Narva_kinnistusamet, lk 7
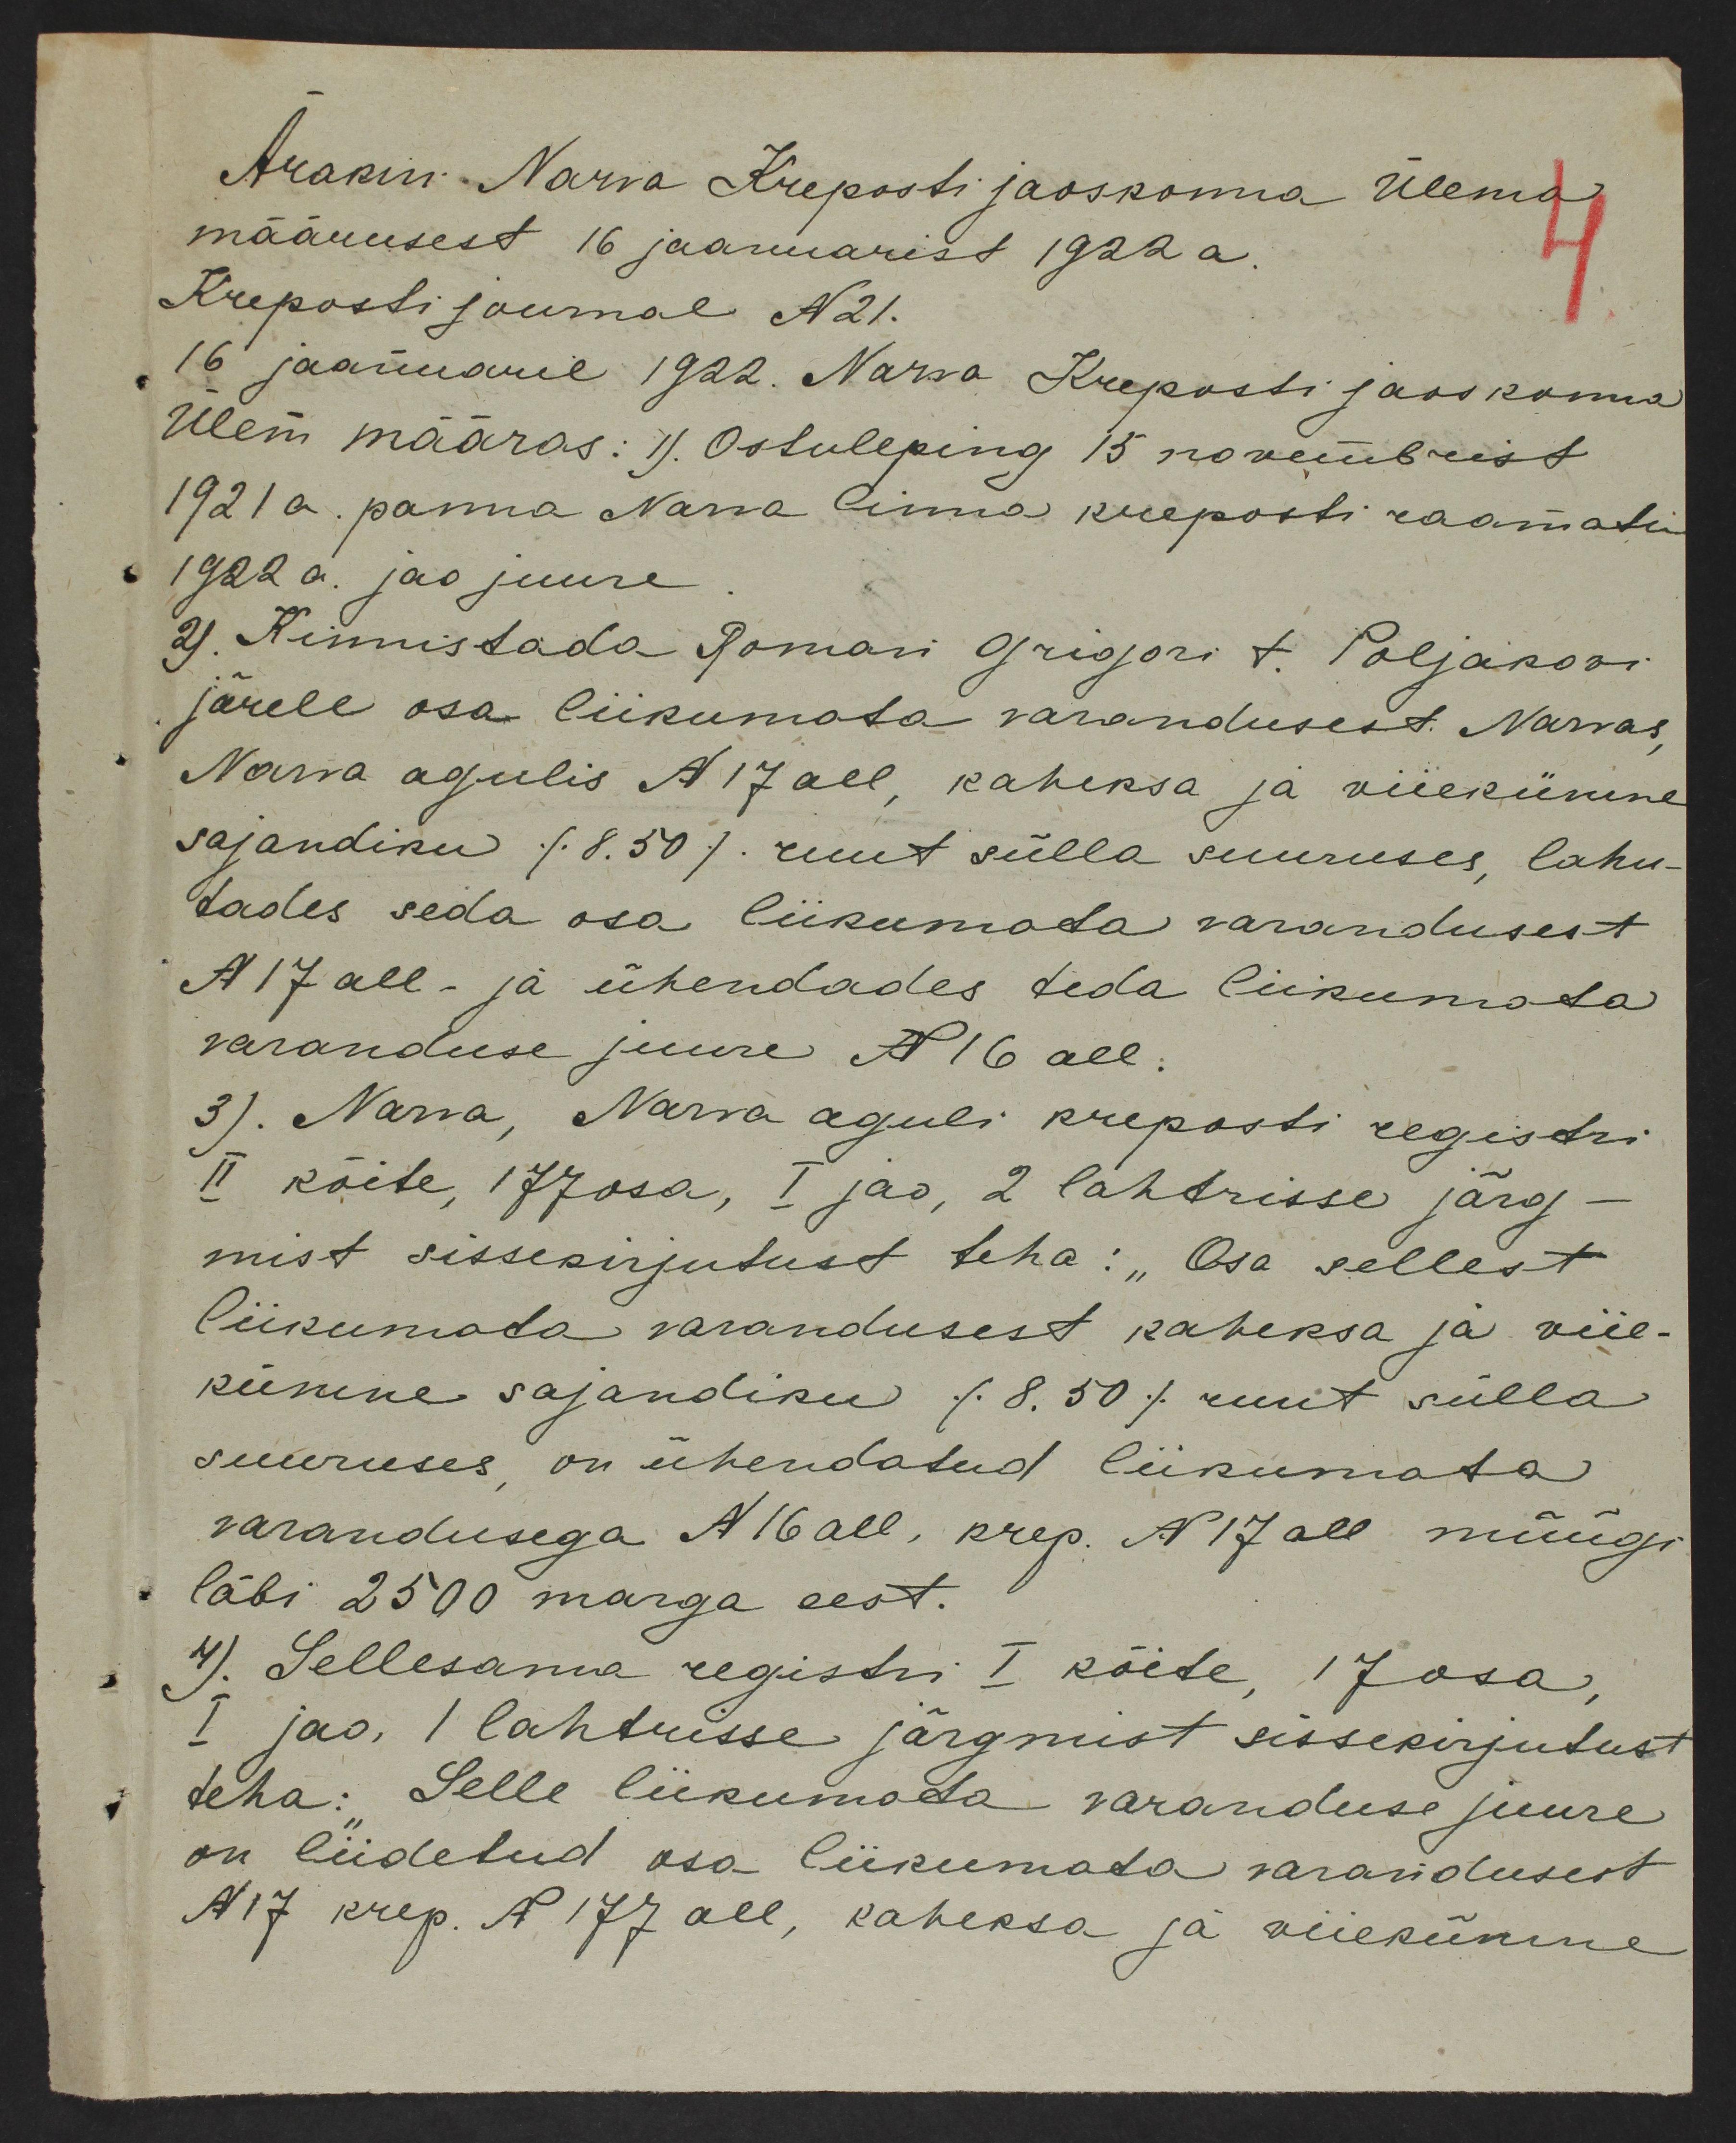
Ärakiri Narva Kreposti jaoskonna Ülema
määrusest 16 jaanuarist 1922 a.
Kreposti jaamal N21.
16 jaanuaril 1922. Narva Kreposti jaoskonna
Ülem määras: 1) Ostuleping 15 novembrist
1921 a. panna Narwa linna kreposti raamatu
1922 a. jao juure
2) Kinnistada Romari Grigori t. Poljakovi
järele osa liikumata varandusest. Narvas,
Narva agulis N 17ael, kaheksa ja viiekümne
sajandiku /8.50/ ruut sülla suuruses, lahu-
tades seda osa liikumata varandusest
N 17 all. ja ühendades teda liikumata
varanduse juure N16 all.
3). Narva, Narva aguli kreposti registri
II köite, 177 osa, I jao, 2 lahtrisse järg-
mist sissekirjutust teha: "Osa sellest,
liikumata varandusest kaheksa ja viie-
kümne sajandiku /8.50/ ruut sülla
suuruses on ühendatud liikumata
varandusega N 16 all, krep. N 17 all müügi
läbi 2500 marga eest.
4). Sellesanna registri I köite, 17 osa,
I jao, 1 lahtusse järgmist sissekirjutust
teha: Selle liikumata varanduse juure
on liidetud osa liikumata varandusest
N17 krep. N 177 all, kaheksa ja viiekümne